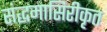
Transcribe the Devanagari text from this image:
संद्धमासिरीकृत